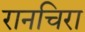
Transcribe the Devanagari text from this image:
रानचिरा